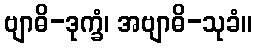
ဗျာဓိ-ဒုက္ခံ၊ အဗျာဓိ-သုခံ။